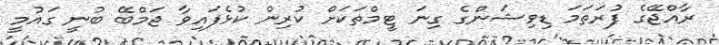
ރާއްޖޭގެ ފުރަތަމަ ޑިވިޝަންގެ ގިނަ ޓީމްތަކަށް ކުރިން ކުޅެފައިވާ ޖަމްބޭ ބުނީ ގައުމީ